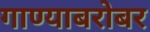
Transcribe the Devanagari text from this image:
गाण्याबरोबर